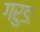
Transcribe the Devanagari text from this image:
गरुडः